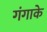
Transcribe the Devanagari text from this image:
गंगाके